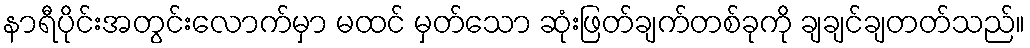
နာရီပိုင်းအတွင်းလောက်မှာ မထင် မှတ်သော ဆုံးဖြတ်ချက်တစ်ခုကို ချချင်ချတတ်သည်။